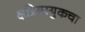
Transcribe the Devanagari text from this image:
क्षत्रियस्युकचा